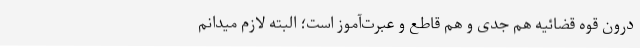
درون قوه قضائیه هم جدی و هم قاطع و عبرت‌آموز است؛ البته لازم میدانم